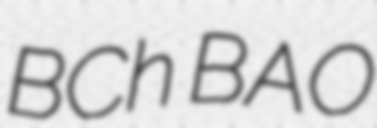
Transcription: BCh BAO